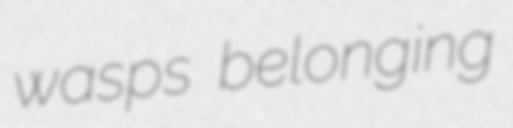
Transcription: wasps belonging